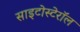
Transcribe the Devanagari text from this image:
साइटोस्टेरॉल